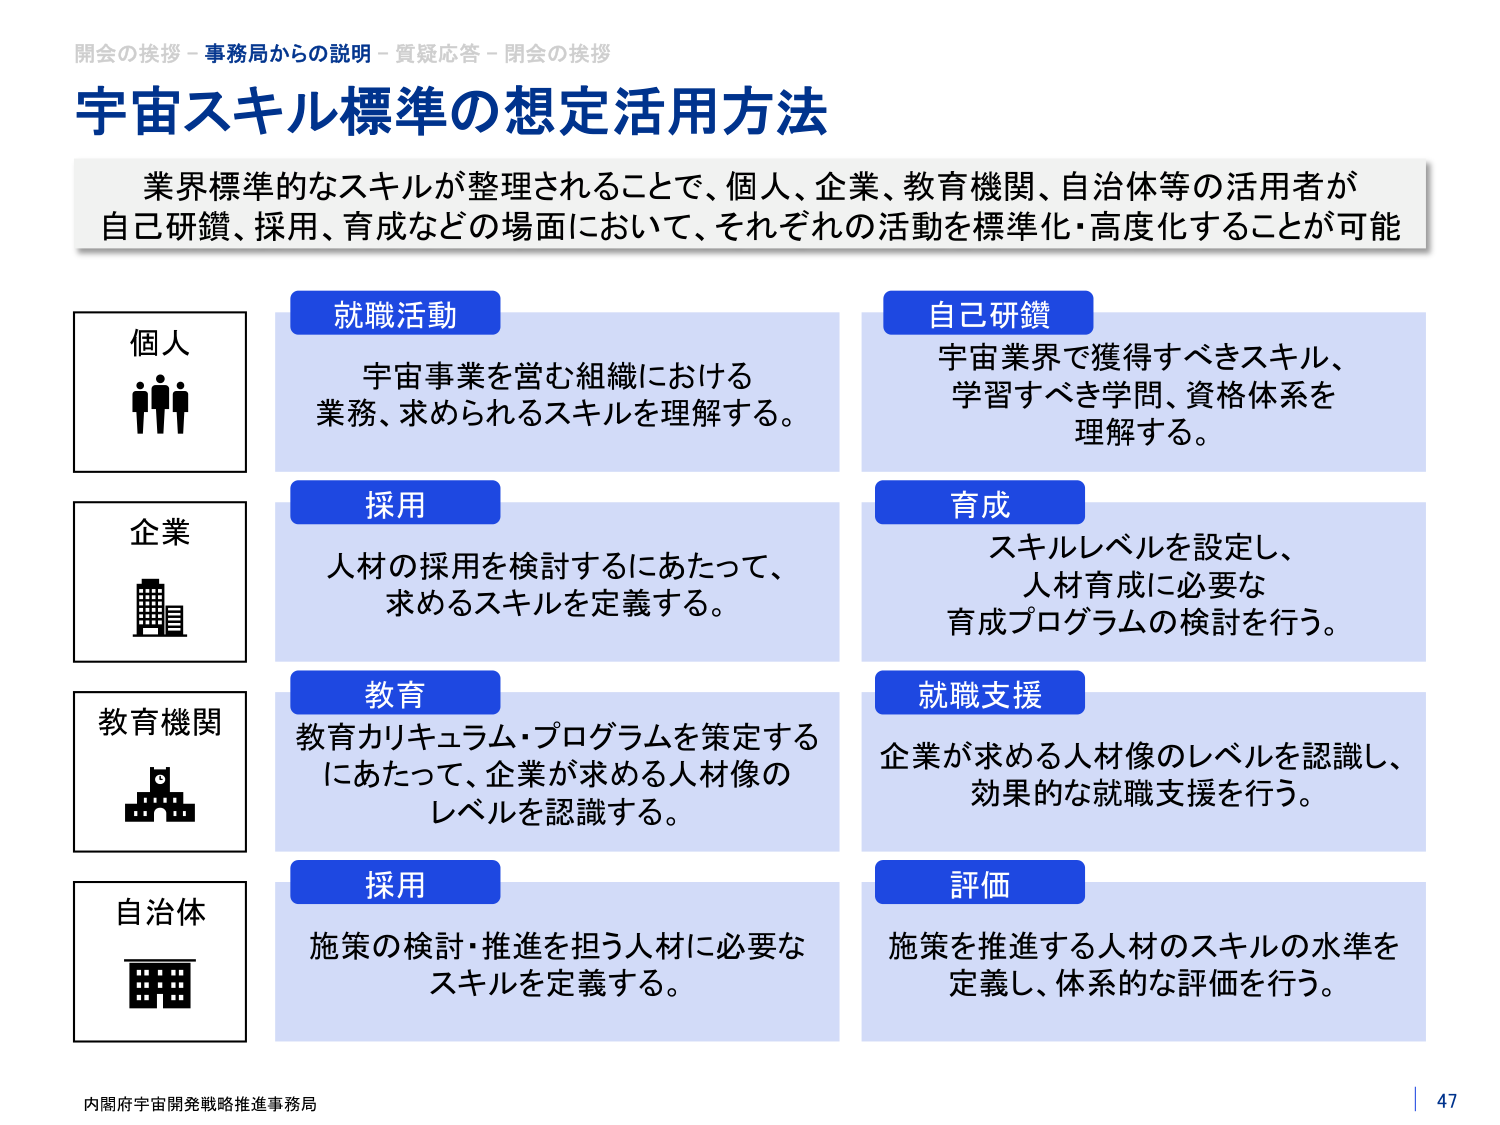
開会の挨拶 - 事務局からの説明 - 質疑応答 - 閉会の挨拶
宇宙スキル標準の想定活用方法
業界標準的なスキルが整理されることで、個人、企業、教育機関、自治体等の活用者が
自己研鑽、採用、育成などの場面において、それぞれの活動を標準化・高度化することが可能

個人
就職活動
宇宙事業を営む組織における
業務、求められるスキルを理解する。

自己研鑽
宇宙業界で獲得すべきスキル、
学習すべき学問、資格体系を
理解する。

企業
採用
人材の採用を検討するにあたって、
求めるスキルを定義する。

育成
スキルレベルを設定し、
人材育成に必要な
育成プログラムの検討を行う。

教育機関
教育
教育カリキュラム・プログラムを策定する
にあたって、企業が求める人材像の
レベルを認識する。

就職支援
企業が求める人材像のレベルを認識し、
効果的な就職支援を行う。

自治体
採用
施策の検討・推進を担う人材に必要な
スキルを定義する。

評価
施策を推進する人材のスキルの水準を
定義し、体系的な評価を行う。

内閣府宇宙開発戦略推進事務局
47